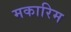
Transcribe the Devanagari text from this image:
मकारिम